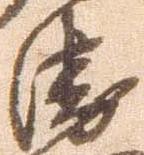
衛